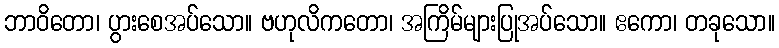
ဘာဝိတော၊ ပွားစေအပ်သော။ ဗဟုလိကတော၊ အကြိမ်များပြုအပ်သော။ ဧကော၊ တခုသော။